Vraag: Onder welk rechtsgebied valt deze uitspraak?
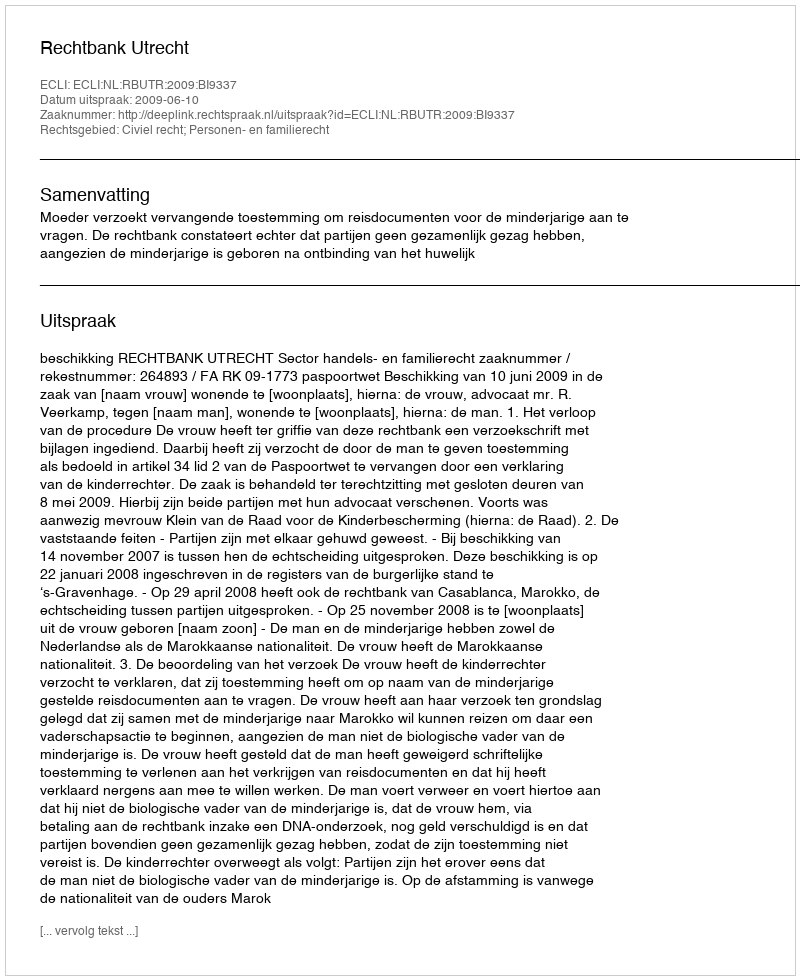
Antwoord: Civiel recht; Personen- en familierecht